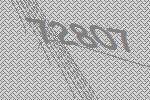
72807